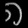
Digit: ၈